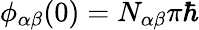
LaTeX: \phi_{\alpha\beta}(0)=N_{\alpha\beta}\pi\hbar